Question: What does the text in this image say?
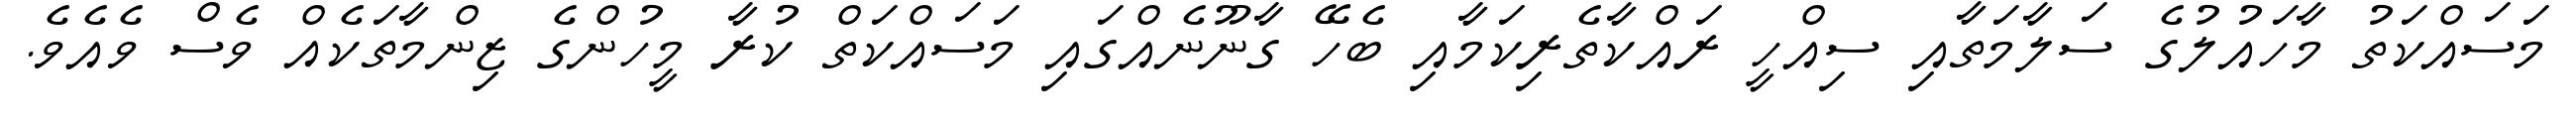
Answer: މަސައްކަތު މާހައުލުގެ ސަލާމަތާއި ސިއްހީ ރައްކާތެރިކަމާއި ބެހޭ ގާނޫނެއްގައި މަސައްކަތް ކުރާ މީހުންގެ ޒިންމާތަކެއް ވެސް ވެއެވެ.